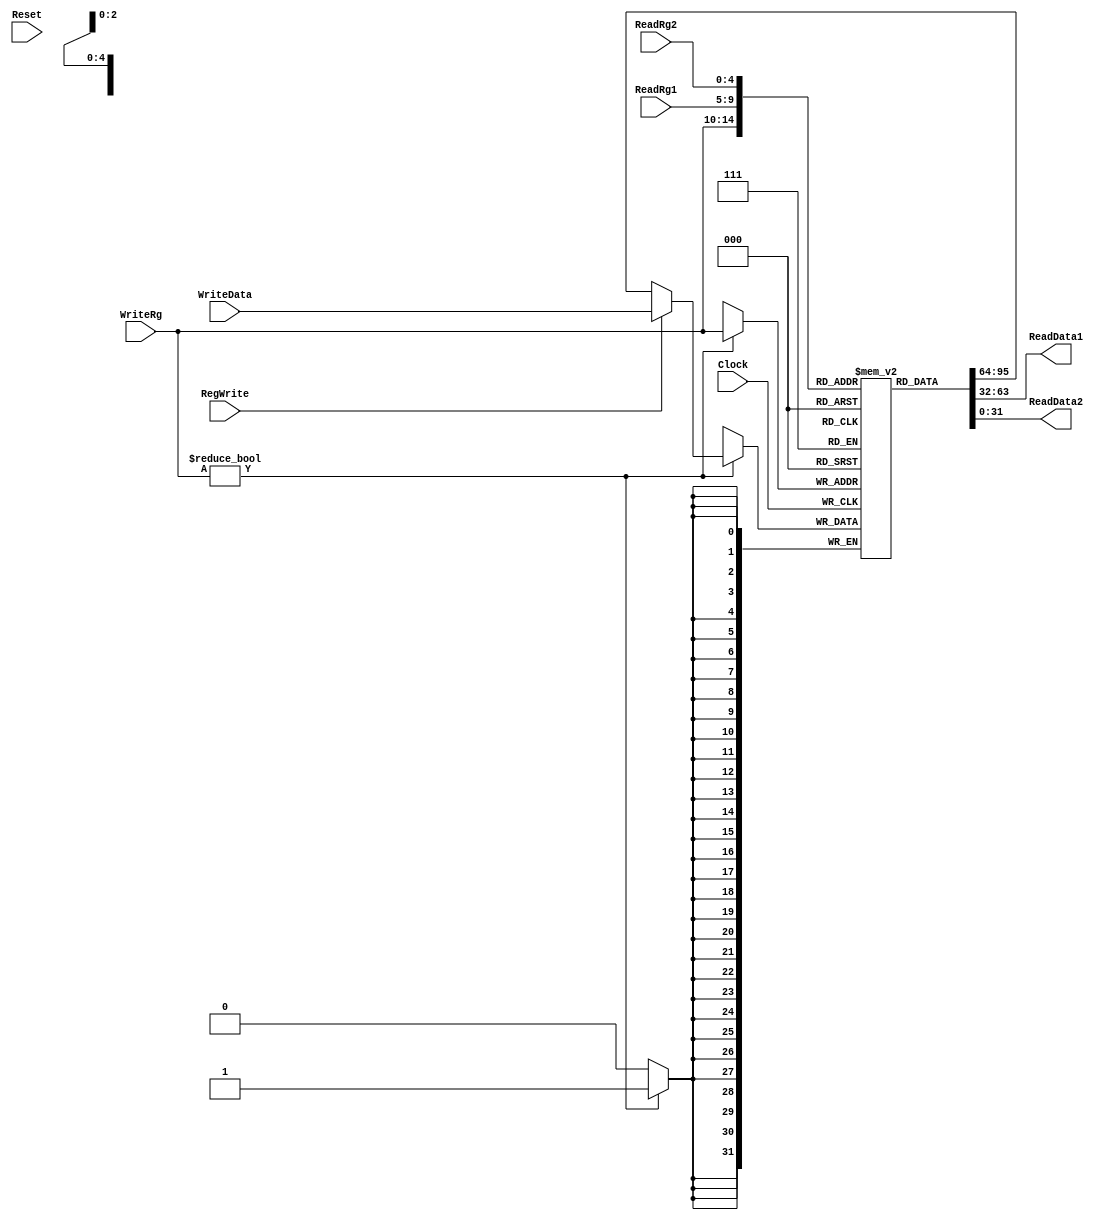
`timescale 1ns / 1ps

/*
    Banco de registradores.
    32 registradores de 32 bits cada.
    No se pode escrever na posio 0.
*/

module register_bank(
    input Clock,
    input Reset,
    input [4:0] ReadRg1, ReadRg2, WriteRg,
    input RegWrite,
    input [31:0] WriteData,
    output [31:0] ReadData1, ReadData2
    );

    // 32 registradores, sendo a posio 0  s   retorna  0
    reg [31:0] registers [0:31];
    //reg [31:0] rg1,rg2;

    // Inicializao do Banco

    integer i;
    initial begin
      for (i = 0; i < 32; i=i+1) begin
        registers[i] <= 0;
      end
      registers[29] <= 65536;
      registers[30] <= 65536;
    end


    // Escrita sequencial ao descer do clock
    always @(posedge Clock) begin

            if (WriteRg != 0)
                registers[WriteRg] <= RegWrite ? WriteData : registers[WriteRg];
    end

    // Leitura combinacional
    assign ReadData1 = registers[ReadRg1];
    assign ReadData2 = registers[ReadRg2];

endmodule